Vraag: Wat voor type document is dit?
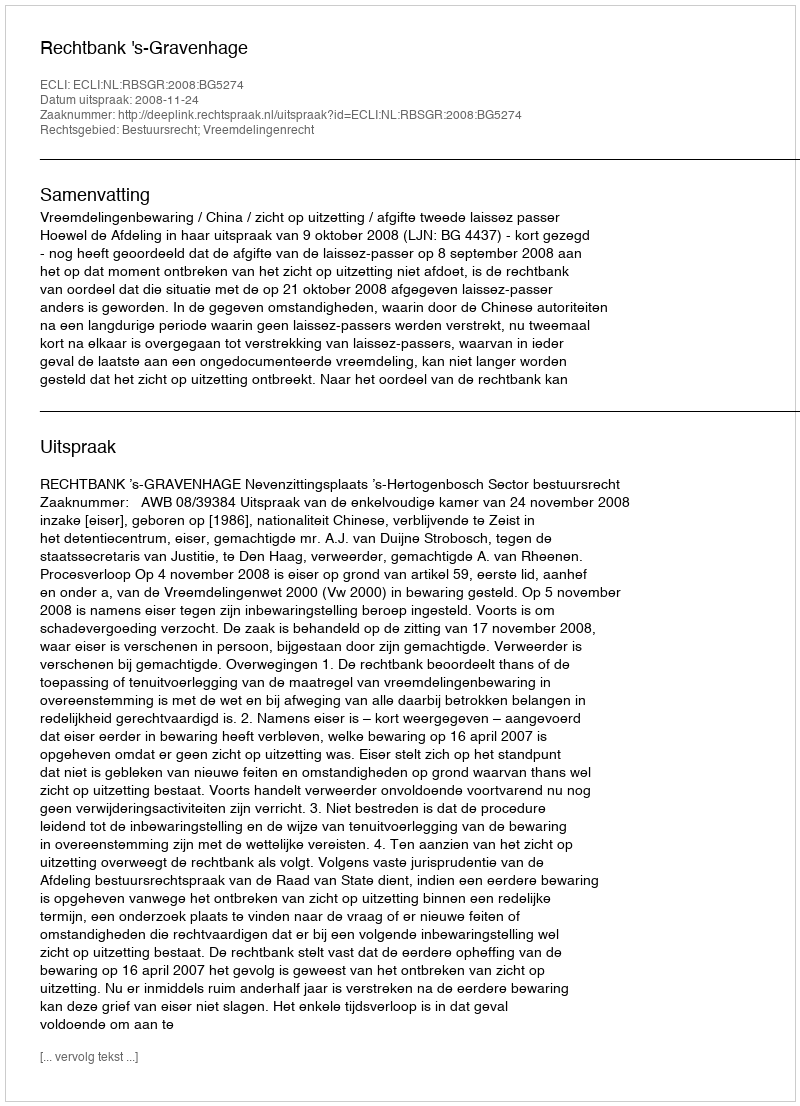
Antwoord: Uitspraak